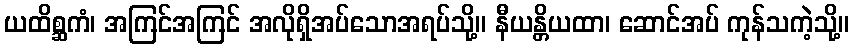
ယထိစ္ဆကံ၊ အကြင်အကြင် အလိုရှိအပ်သောအရပ်သို့။ နီယန္တိယထာ၊ ဆောင်အပ် ကုန်သကဲ့သို့။